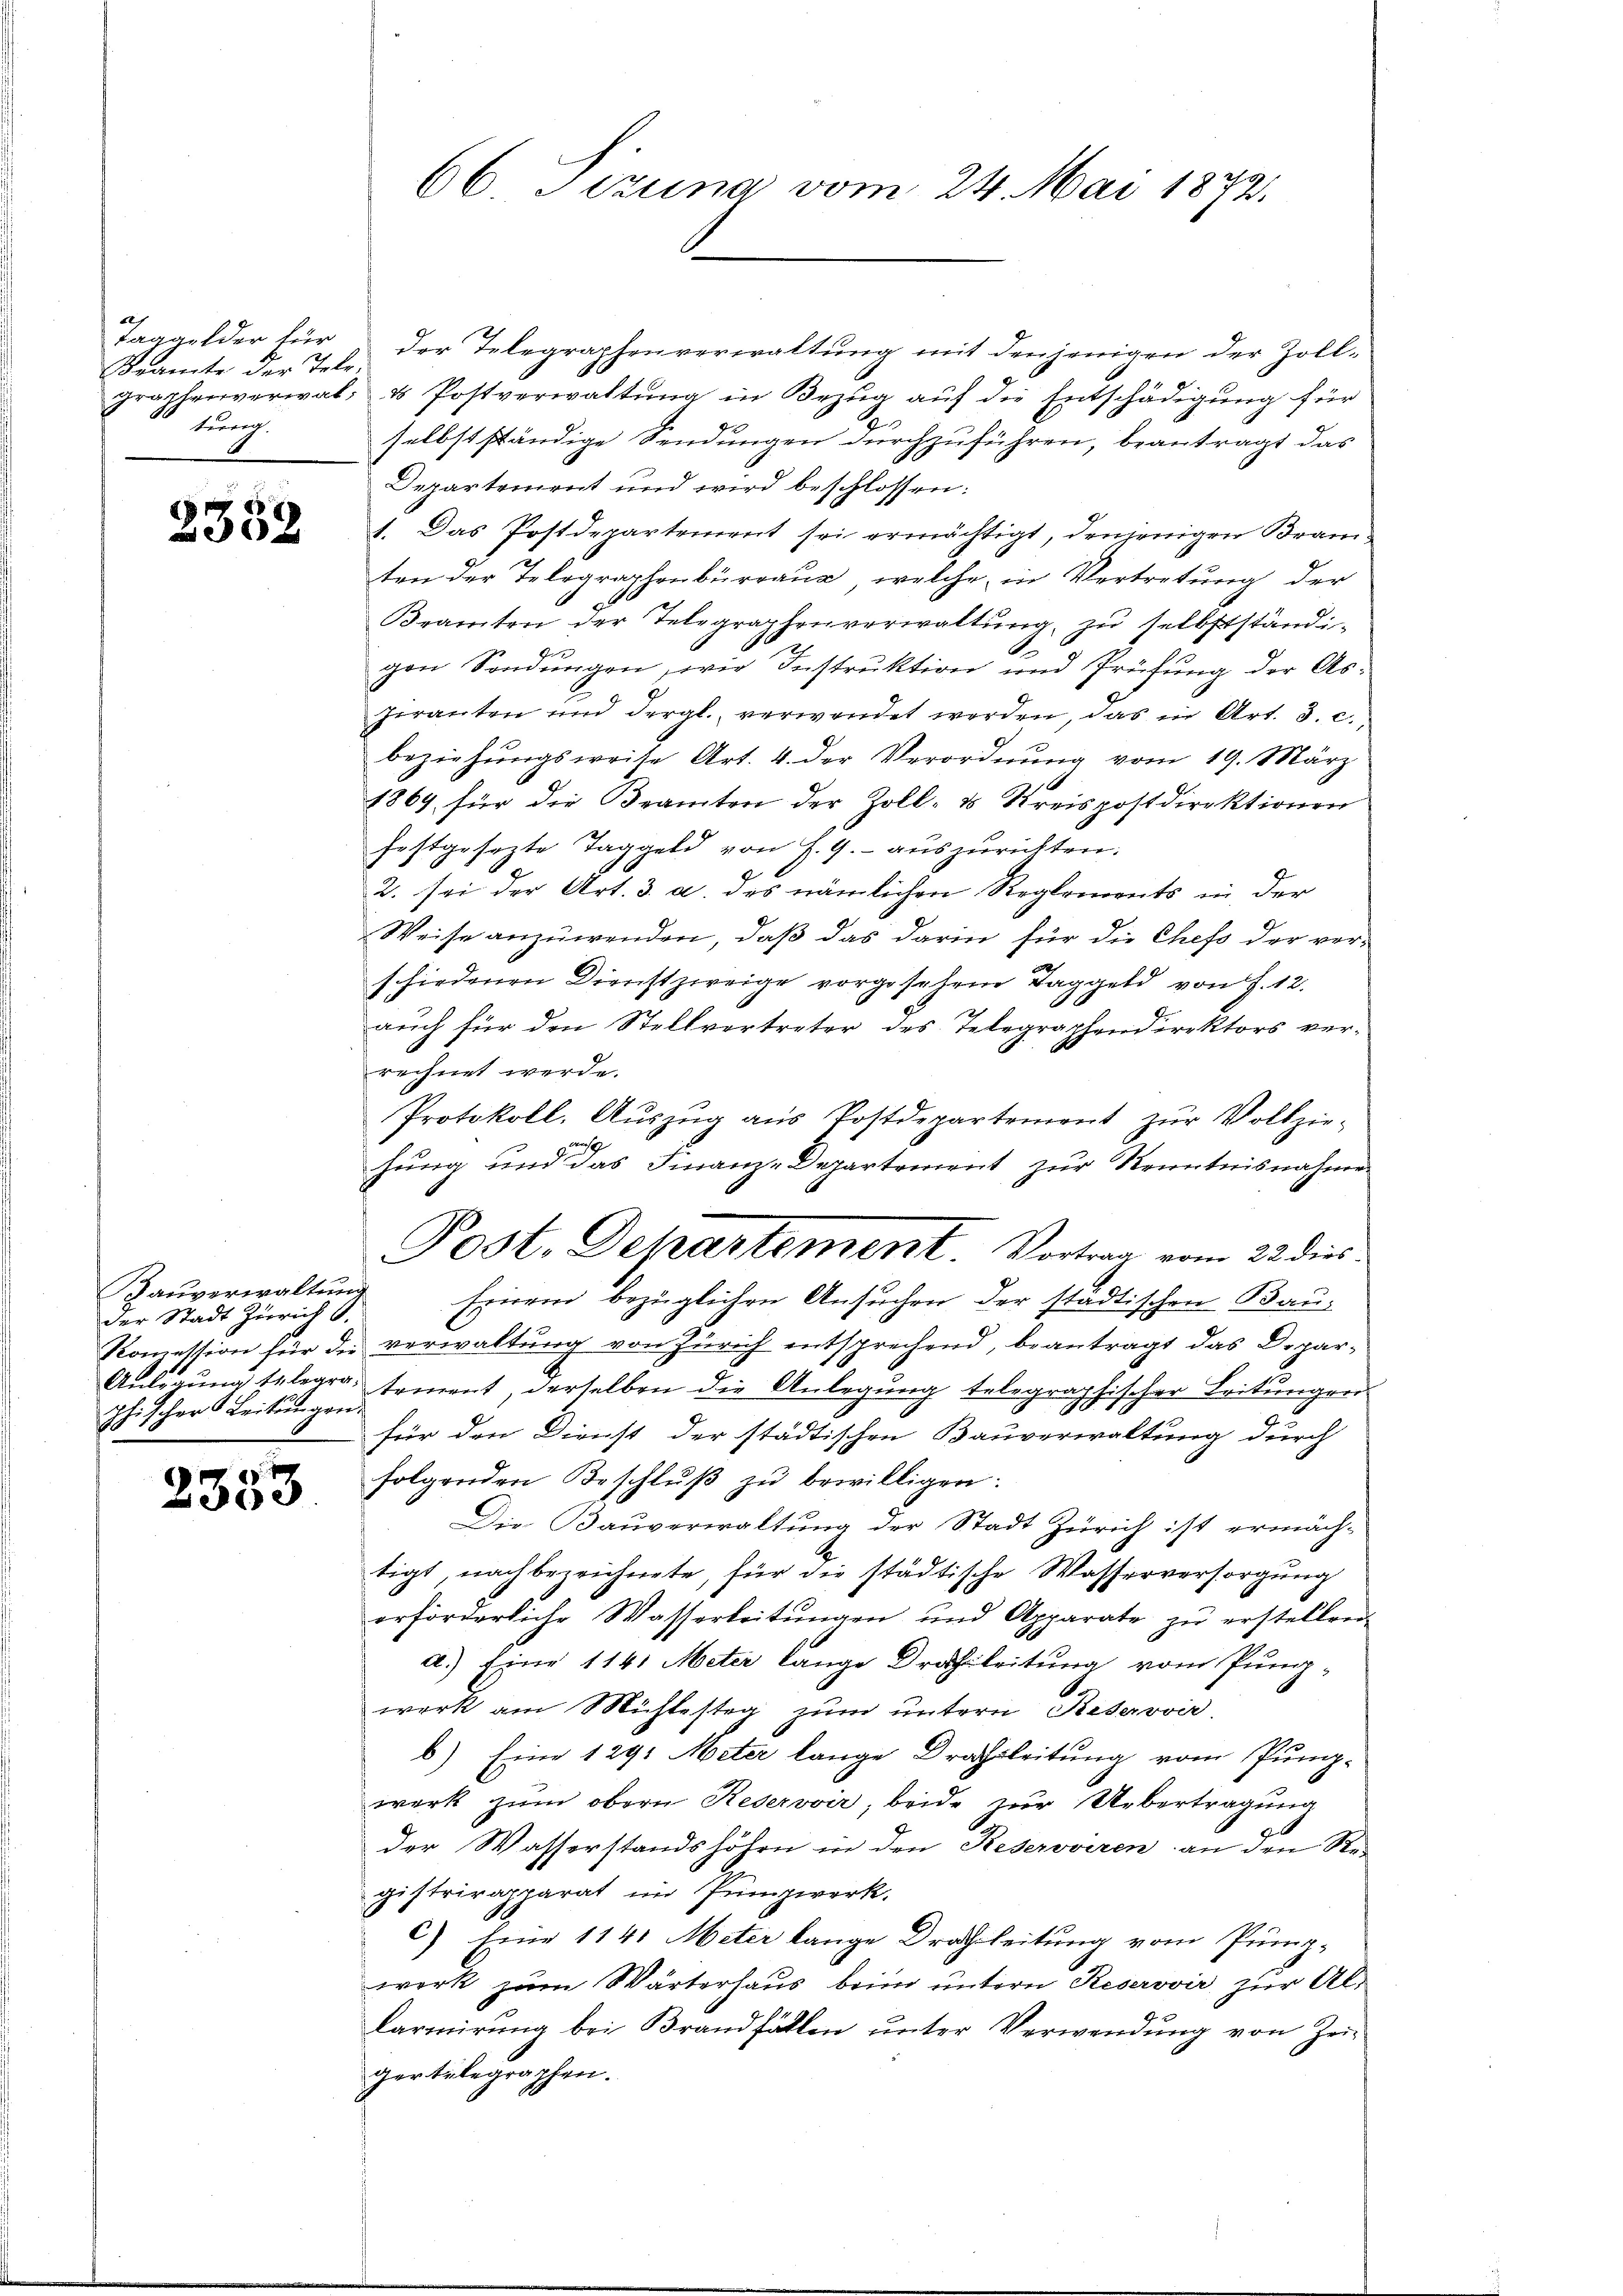
Taggelder für
Tramte der Tele.
graphenverwaltuung.

2352

Bauverwaltung
der Stadt Zürich 6
Konzession für die
Anlegung telegraphischer Leitungen

2
2330

66 Tizuna vom 24. Mai 1872.

der Telegraphenverwaltung mit denjenigen der Zoll¬
4 Postverwaltung in Bezug auf die Entschädigung für
selbstständige Sendungen durchzuführen, beantragt das
Departement und wird beschlossen:
1. Das Postdepartement sei ermächtigt, denjenigen Branten der Telegraphenbürraus, welche in Vertretung der
Beamten der Telegraphenverwaltŭng zu selbstständi-
gen Sendungen, wie Instruktion und Prüfung der Asheranten und dergl. verwendet werden, das in Art. 3. c.
beziehŭngsweise Art. 4. der Verordnŭng vom 19. März
1869 für die Beamten der Zoll- u. Kreispostdirektionen
festgesezte Taggeld von J. G. auszurichten.
2. sei der Art. 3. a. des nämlichen Reglements in der
Weise anzuwenden, daß das darin für die Chefs der ver-
schiedenen Dienstzweige vorgesehene Taggeld von f. 12.
1
auch für den Stellvertreter des Telegraphendirektors verrechnet werde.
Protokoll. Auszug aus Postdepartement zŭr Vollzie-
hung und das Finanz-Departement zur Kenntnisnahme
Post. Departement Vortrag vom 22. dies
Friri bezüglichen Ansuchen der städtischen Bau-
verwaltung von Zürich entsprechend, beantragt das Departement, derselben die Anlegung telegraphischer Leitungen
für den Dienst der städtischen Bauverwaltung durch
folgenden Beschlŭβ zŭ bewilligen:
Die Bauverwaltung der Stadt Zürich ist ermäch-
tigt, nach bezeichnete, für die städtische Wasserversorgung
erförderliche Wasserbeitŭngen und Apparate zŭ erstellen
a.) Eine 1141 Meter lange Drahtleitung vom Pung-
werk am Mühlesteg zum untern Reservir
b) Eine 129: Meter lange Dragsleitung vom Pump-
werk zum obern Reservoir, beide zur Uebertragung
der Wasserstandshöhen in den Reserviren an den Re-
gistrirapparat im Jungwerk,
c) Eine 114 Meter lange Drachleitung vom Prinz-
werk zum Wärterhaus beim untern Keserovir zur Al¬
Carmirung bei Brandfällen unter Verwendung von Zeigertelegraphen.